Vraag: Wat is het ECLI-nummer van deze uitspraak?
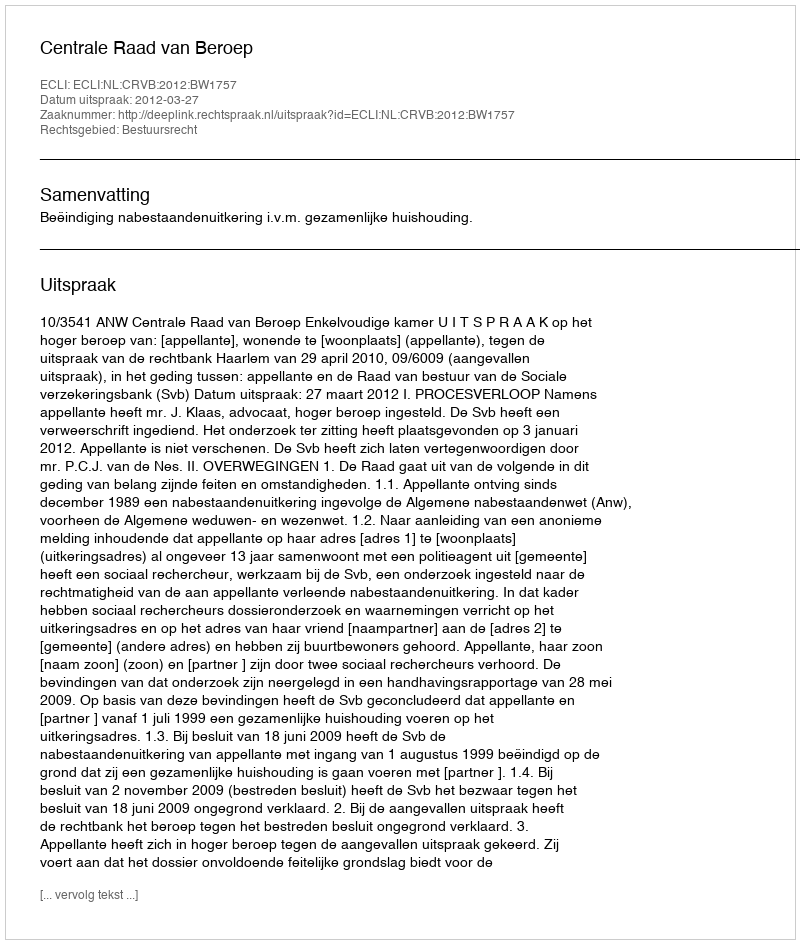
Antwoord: ECLI:NL:CRVB:2012:BW1757